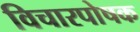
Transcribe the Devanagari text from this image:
विचारपोषक